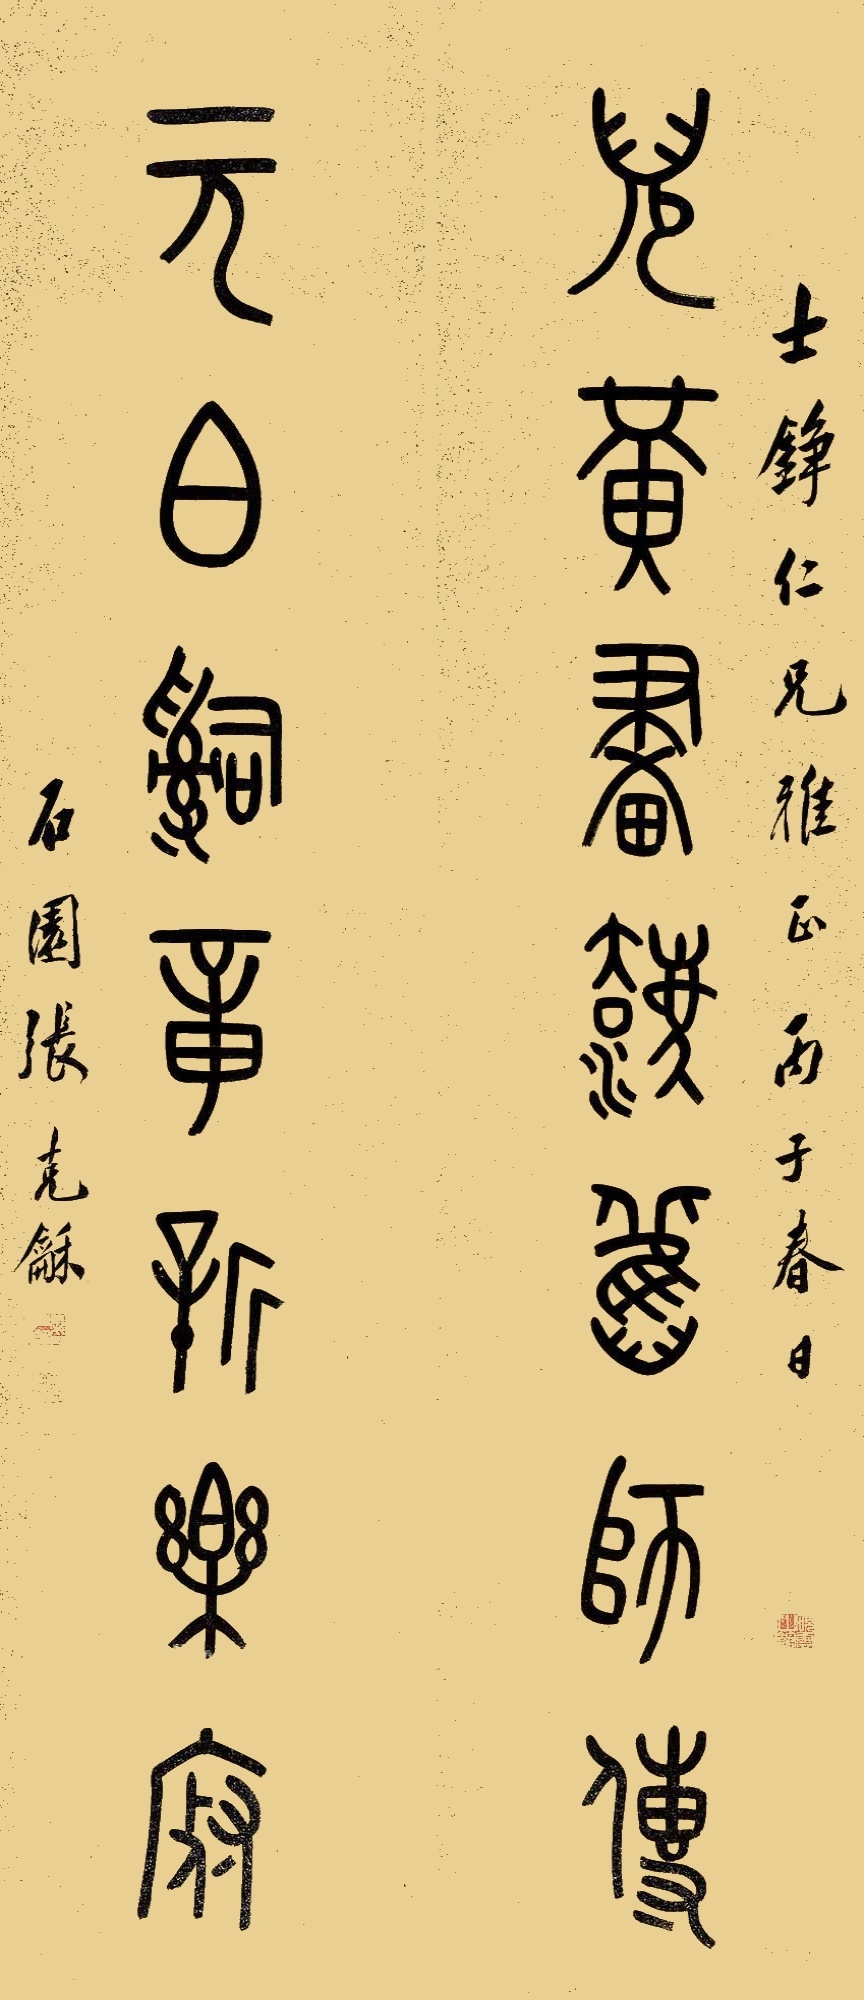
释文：倪黄画法旧师传，元白辞章新乐府。士铮仁兄雅正，丙子春日，石园张克龢。